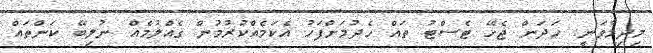
މިދިމާވަނީ. ހަދަން ޖެހޭ ޓެސްޓު ތައް ހެދުމަށްފަހު އެކަމެއްކުރުމުން ގެއްލުމެއް ނުލިބޭ ކަންތައް